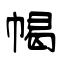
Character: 幆